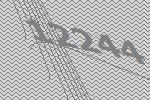
12244